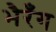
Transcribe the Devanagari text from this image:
भैरँग